Civil Veterinary Department Bihar reports 1940-50 - 1940-1950
Year: 1940
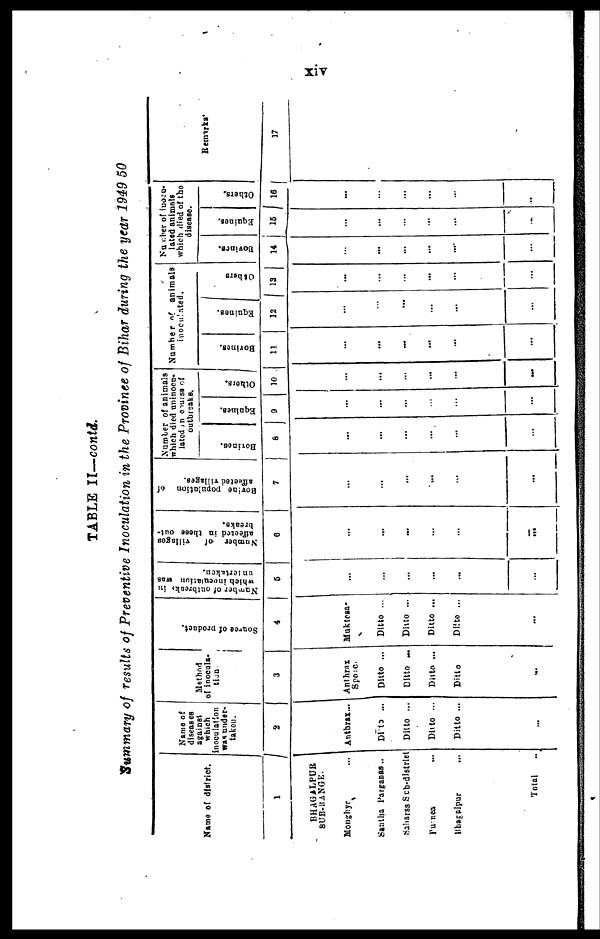
xiv
TABLE II—contd.
Summary of results of Preventive Inoculation in the Province of Bihar during the year 1949 50
Name of district.
1
BHAGALPUR
SUB-RANGE.
Monghyr ...
Santha Parganas ...
Saharss sub-district
Purnea ...
Bhagalpur ...
Total ...
Name of
diseases
against
which
inoculation
was under-
taken.
2
Anthrax...
Ditto ...
Ditto ...
Ditto ...
Ditto ...
...
Method
of inocula-
tion.
3
Anthrax
Spoic.
Ditto ...
Ditto ...
Ditto ...
Ditto
...
Source of Product
4
Muktesa
Ditto ...
Ditto ...
Ditto ...
Ditto ...
...
Number
of outbreaks in
which inoculation was
undertaken.
5
...
...
...
...
...
...
Number of
villages
affected in these out-
breaks.
6
...
...
...
...
...
...
Bovine population of
affected villages.
7
...
...
...
...
...
...
Number of animals
which died uninocu-
lated in course of
outbreaks.
Bovinos.
8
...
...
...
...
...
...
Equines.
9
...
...
...
...
...
...
Others.
10
...
...
...
...
...
Number of animals
inoculated.
Bovines.
11
...
...
...
...
...
...
Equines.
12
...
...
...
...
...
...
Others
13
...
...
...
...
...
...
Number of inocu-
lated animals
which died of the
disease.
Bovines.
14
...
...
...
...
...
...
Equines.
15
..
...
...
...
...
...
Others.
16
...
...
...
...
...
...
Remarks
17